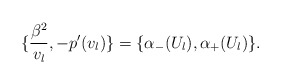
\begin{align*}\{\frac{\beta^2}{v_l}, -p^{\prime}(v_l)\} = \{\alpha_{-} (U_l), \alpha_+(U_l)\}.\end{align*}